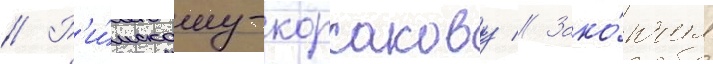
// Р'и́мскому-корсакову // Зако́нчил